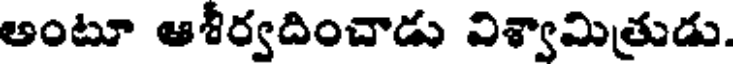
అంటూ ఆశీర్వదించాడు విశ్వామిత్రుడు.